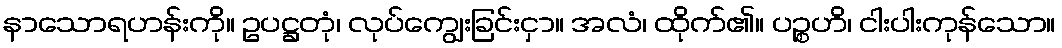
နာသောရဟန်းကို။ ဥပဋ္ဌတုံ၊ လုပ်ကျွေးခြင်းငှာ။ အလံ၊ ထိုက်၏။ ပဉ္စဟိ၊ ငါးပါးကုန်သော။